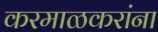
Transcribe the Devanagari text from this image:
करमाळकरांना